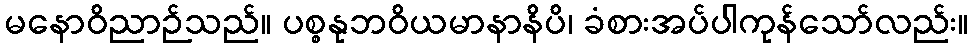
မနောဝိညာဉ်သည်။ ပစ္စနုဘဝိယမာနာနိပိ၊ ခံစားအပ်ပါကုန်သော်လည်း။